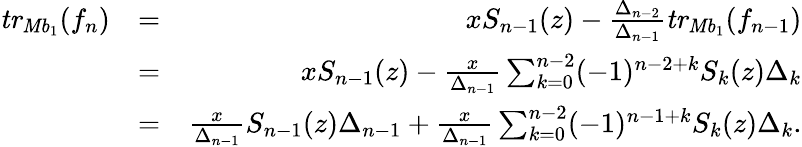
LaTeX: \begin{array}{rlr}{\mathit{tr}_{\mathit{Mb}_{1}}(f_{n})}&{=}&{xS_{n-1}(z)-\frac{\Delta_{n-2}}{\Delta_{n-1}}\mathit{tr}_{\mathit{Mb}_{1}}(f_{n-1})}\\ &{=}&{xS_{n-1}(z)-\frac{x}{\Delta_{n-1}}\sum_{k=0}^{n-2}(-1)^{n-2+k}S_{k}(z)\Delta_{k}}\\ &{=}&{\frac{x}{\Delta_{n-1}}S_{n-1}(z)\Delta_{n-1}+\frac{x}{\Delta_{n-1}}\sum_{k=0}^{n-2}(-1)^{n-1+k}S_{k}(z)\Delta_{k}.}\end{array}